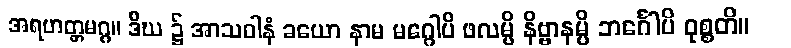
အရဟတ္တမဂ္ဂ။ ဒီဃ ၌ အာသဝါနံ ခယော နာမ မဂ္ဂေါပိ ဖလမ္ပိ နိဗ္ဗာနမ္ပိ ဘင်္ဂေါပိ ဝုစ္စတိ။